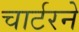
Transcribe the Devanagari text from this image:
चार्टरने